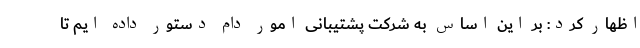
اظهار کرد: بر این اساس به شرکت پشتیبانی امور دام دستور داده ایم تا